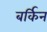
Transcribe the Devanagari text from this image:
बर्किन